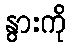
နွားကို